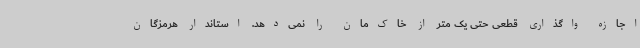
اجازه واگذاری قطعی حتی یک متر از خاک‌مان را نمی‌دهد. استاندار هرمزگان